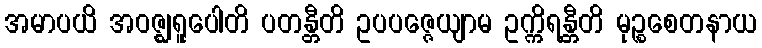
အမာပယိ အဝဇ္ဈရူပေါတိ ပတန္တီတိ ဥပပဇ္ဇေယျာမ ဥက္ကိရန္တီတိ မုဉ္စစေတနာယ